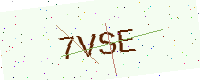
Text: 7VSE